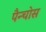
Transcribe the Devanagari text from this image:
पैन्चोस